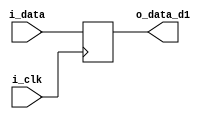
`timescale 1ns / 1ps
//////////////////////////////////////////////////////////////////////////////////
// Company:  
// 
// Design Name:    delay
// Module Name:    delay 
// Project Name:   delay
// Target Devices: 
// Description: delay 1 timeslot
// Revision: 1.0
// Revision 0.01 - File Created
// Additional Comments: 
//
//////////////////////////////////////////////////////////////////////////////////
module delay1#(
	parameter word_width = 2
)(
	input i_clk,
	input wire signed [word_width-1:0] i_data,
	output reg signed [word_width-1:0] o_data_d1
    );
	

	// delay units pipeline
	always @(posedge i_clk ) begin
			o_data_d1 <= i_data ;
	end


endmodule